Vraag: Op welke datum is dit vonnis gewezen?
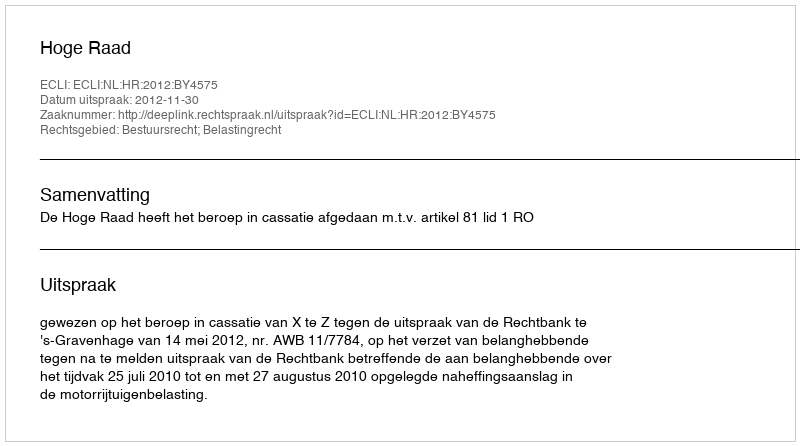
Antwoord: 2012-11-30